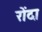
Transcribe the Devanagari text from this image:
रोंदा